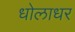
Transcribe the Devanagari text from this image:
धोलाधर